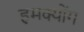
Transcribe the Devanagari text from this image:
हमक्योंग